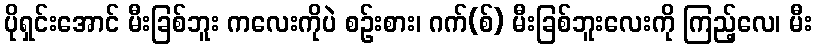
ပိုရှင်းအောင် မီးခြစ်ဘူး ကလေးကိုပဲ စဉ်းစား၊ ဂက်(စ်) မီးခြစ်ဘူးလေးကို ကြည့်လေ၊ မီး